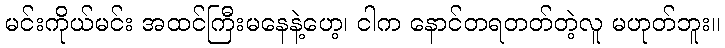
မင်းကိုယ်မင်း အထင်ကြီးမနေနဲ့ဟေ့၊ ငါက နောင်တရတတ်တဲ့လူ မဟုတ်ဘူး။